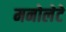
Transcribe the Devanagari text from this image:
मनोलेटे